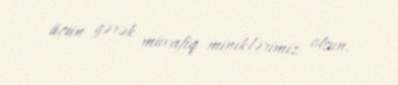
üçün gərək müvafiq miniklərimiz olsun.